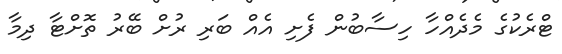
ޓްރެކުގެ މެދެއްހާ ހިސާބުން ފެށި އެއް ބަރި ރުށް ބޭރު ތޮށްޓާ ދިމާ